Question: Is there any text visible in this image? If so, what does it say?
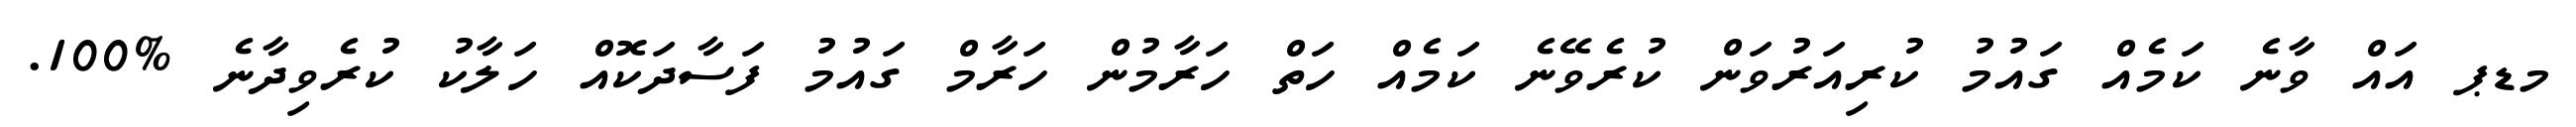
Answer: މޑޕ އައް ވާނެ ކަމެއް ގައުމު ކުރިއަރުވަން ކުރެވޭނެ ކަމެއް ހަތް ހަރާމުން ހަރާމް ގައުމު ފަސާދަކޮއް ހަލާކު ކުރެވިދާނެ %100.